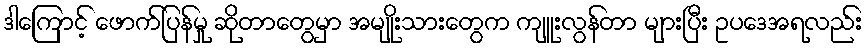
ဒါကြောင့် ဖောက်ပြန်မှု ဆိုတာတွေမှာ အမျိုးသားတွေက ကျူးလွန်တာ များပြီး ဥပဒေအရလည်း